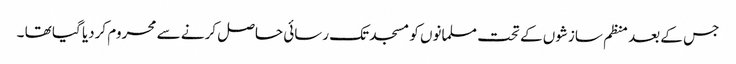
جس کے بعد منظم سازشوں کے تحت مسلمانوں کو مسجد تک رسائی حاصل کرنے سے محروم کردیا گیا تھا ۔